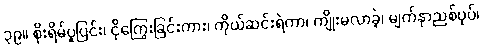
၃၉။ စိုးရိမ်ပူပြင်း၊ ငိုကြွေးခြင်းကား၊ ကိုယ်ဆင်းရဲကာ၊ ကျိုးမလာခဲ့၊ မျက်နှာညစ်ပုပ်၊